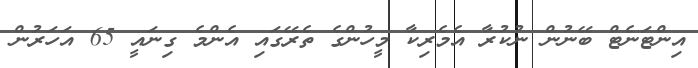
އިންޓަނެޓް ބޭނުން ނުކުރާ އެމެރިކާ މީހުންގެ ތެރޭގައި އެންމެ ގިނައީ 65 އަހަރުން